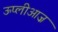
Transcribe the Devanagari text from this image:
ऊप्लीआज़